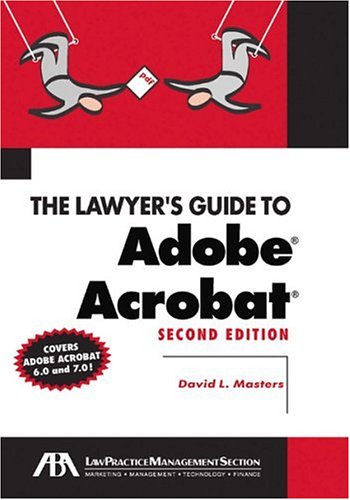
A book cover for The Lawyer's Guide to Adobe Acrobat; David L. Masters; Law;